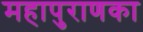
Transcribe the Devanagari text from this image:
महापुराणका